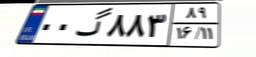
۰۰گ۸۸۳۸۹